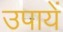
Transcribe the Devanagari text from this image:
उपायें